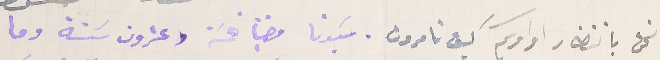
نحن بانتظار اومركم كيف تامرون. سَيدتا مضينا خمسَة وعشرون سَنة وما